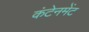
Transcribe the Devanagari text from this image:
कंटेनमेंट